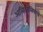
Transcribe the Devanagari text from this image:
अलिटालियाचे